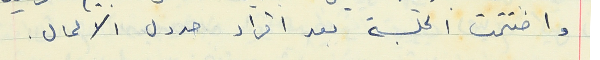
واختتمت الجلسة بعد اقراد حدول الاعمال .